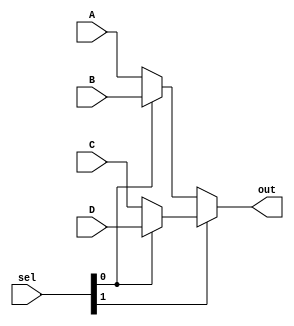
module mux41 #(parameter WIDTH=4) (
    input [WIDTH-1:0] A, B, C, D,
    input [1:0] sel,
    output [WIDTH-1:0] out
);

    assign out = sel[1] ? (sel[0] ? D : C) : (sel[0] ? B : A);

endmodule